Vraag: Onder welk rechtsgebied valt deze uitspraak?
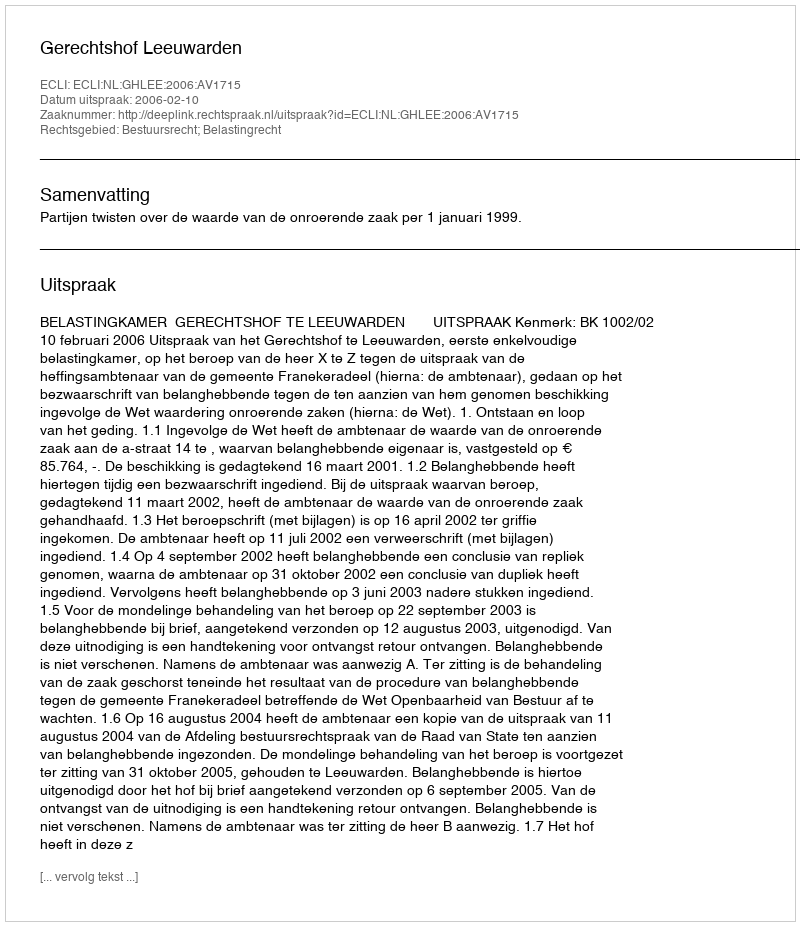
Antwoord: Bestuursrecht; Belastingrecht